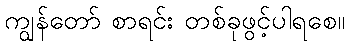
ကျွန်တော် စာရင်း တစ်ခုဖွင့်ပါရစေ။